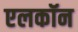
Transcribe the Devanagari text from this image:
एलकॉन